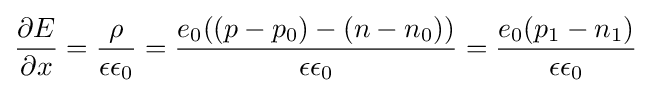
{\frac {\partial E}{\partial x}}={\frac {\rho }{\epsilon \epsilon _{0}}}={\frac {e_{0}((p-p_{0})-(n-n_{0}))}{\epsilon \epsilon _{0}}}={\frac {e_{0}(p_{1}-n_{1})}{\epsilon \epsilon _{0}}}